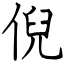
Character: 倪